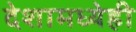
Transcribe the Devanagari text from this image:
देशामध्येही